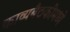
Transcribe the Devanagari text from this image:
काव्यबैठकींमध्ये